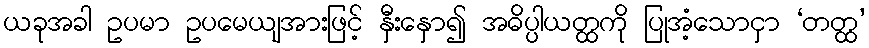
ယခုအခါ ဥပမာ ဥပမေယျအားဖြင့် နှီးနှော၍ အဓိပ္ပါယတ္ထကို ပြုအံ့သောငှာ ‘တတ္ထ’